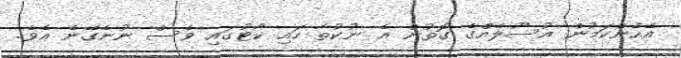
އެހެންކަމުން އުސޫލެއްގެ ގޮތުން އެ ނުކުތާ ހައި ކޯޓުގައި ވެސް ނުނެގޭނެ އެވެ.